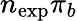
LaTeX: n_{\mathrm{exp}}\pi_{b}